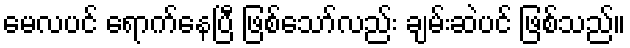
မေလပင် ရောက်နေပြီ ဖြစ်သော်လည်း ချမ်းဆဲပင် ဖြစ်သည်။